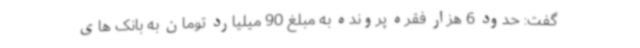
گفت: حدود 6 هزار فقره پرونده به مبلغ 90 میلیارد تومان به بانک های